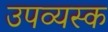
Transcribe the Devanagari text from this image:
उपव्यस्क